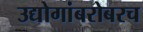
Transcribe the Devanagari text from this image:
उद्योगांबरोबरच